Vaccination in Bombay 1863-1868 - 1863-1868
Year: 1863
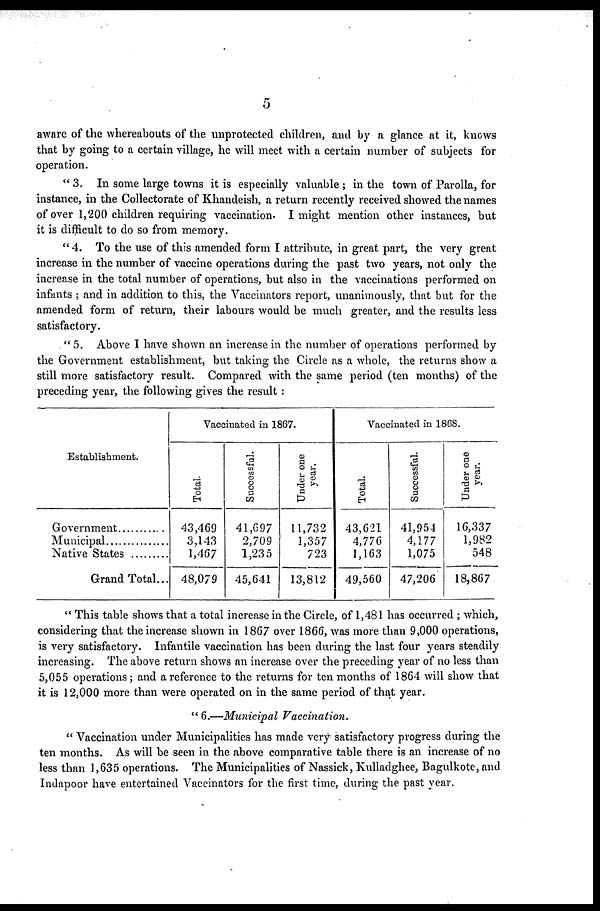
5
aware of the whereabouts of the unprotected children, and by a glance at it, knows
that by going to a certain village, he will meet with a certain number of subjects for
operation.
"3. In some large towns it is especially valuable ; in the town of Parolla, for
instance, in the Collectorate of Khandeish, a return recently received showed the names
of over 1,200 children requiring vaccination. I might mention other instances, but
it is difficult to do so from memory.
" 4. To the use of this amended form I attribute, in great part, the very great
increase in the number of vaccine operations during the past two years, not only the
increase in the total number of operations, but also in the vaccinations performed on
infants ; and in addition to this, the Vaccinators report, unanimously, that but for the
amended form of return, their labours would be much greater, and the results less
satisfactory.
" 5. Above I have shown an increase in the number of operations performed by
the Government establishment, but taking the Circle as a whole, the returns show a
still more satisfactory result. Compared with the same period (ten months) of the
preceding year, the following gives the result :
Establishment.
Government..........
Municipal ............
Native States
........
Grand Total...
Vaccinated in 1867.
Total.
43,469
3,143
1,467
48,079
Successful.
41,697
2,709
1,235
45,641
Under one
year.
11,732
1,357
723
13,812
Vaccinated in 1868.
Total.
43,621
4,776
1,163
49,560
Successful.
41,954
4,177
1,075
47,206
Under one
year.
16,337
1,982
548
18,867
" This table shows that a total increase in the Circle, of 1,481 has occurred ; which,
considering that the increase shown in 1867 over 1866, was more than 9,000 operations,
is very satisfactory. Infantile vaccination has been during the last four years steadily
increasing. The above return shows an increase over the preceding year of no less than
5,055 operations; and a reference to the returns for ten months of 1864 will show that
it is 12,000 more than were operated on in the same period of that year.
" 6.—Municipal Vaccination.
" Vaccination under Municipalities has made very satisfactory progress during the
ten months. As will be seen in the above comparative table there is an increase of no
less than 1 ,635 operations. The Municipalities of Nassick, Kulladghee, Bagulkote, and
Indapoor have entertained Vaccinators for the first time, during the past year.